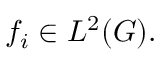
f _ { i } \in L ^ { 2 } ( G ) .